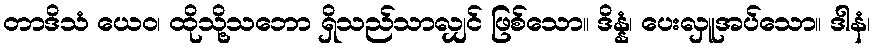
တာဒိသံ ယေဝ၊ ထိုသို့သဘော ရှိသည်သာလျှင် ဖြစ်သော။ ဒိန္နံ၊ ပေးလှူအပ်သော။ ဒါနံ၊